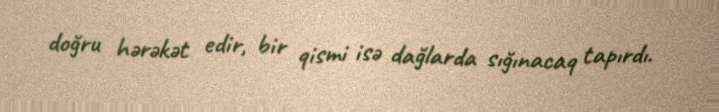
doğru hərəkət edir, bir qismi isə dağlarda sığınacaq tapırdı.